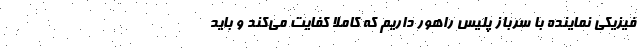
فیزیکی نماینده با سرباز پلیس راهور داریم که کاملا کفایت می‌کند و باید